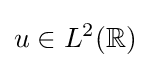
u\in L^{2}(\mathbb {R} )